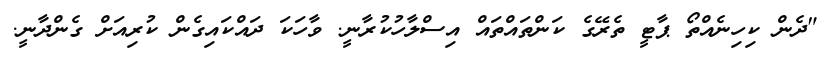
"ދެން ކިހިނެއްތޯ ޕާޓީ ތެރޭގެ ކަންތައްތައް އިސްލާހުކުރާނީ. ވާހަކަ ދައްކައިގެން ކުރިއަށް ގެންދާނީ.